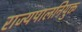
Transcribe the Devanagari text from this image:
राज्यपालनियुक्त